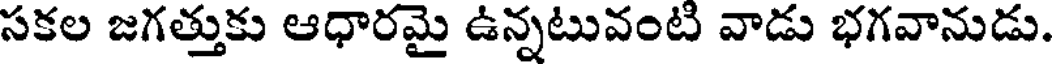
సకల జగత్తుకు ఆధారమై ఉన్నటువంటి వాడు భగవానుడు.